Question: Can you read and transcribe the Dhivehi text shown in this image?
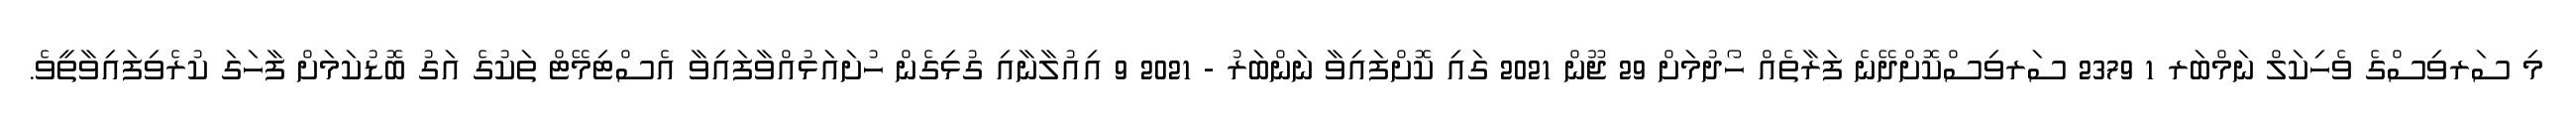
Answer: މި ސަރވިސްގެ ވެހިކަލް ނަމްބަރ 1 2379 ސަރވިސްކޮށްދޭނެ ފަރާތެއް ހޯދުމަށް 29 ޖޫން 2021 ގައި ކޮށްފައިވާ ނަންބަރު - 2021 9 އިއުލާނާއި ގުޅިގެން ހުށައަޅުއްވާފައިވާ އެސްޓިމޭޓް ތަކުގެ އަގު ބޮޑުކަމަށް ފާހަގަ ކުރެވިފައިވާތީވެ.